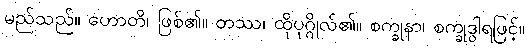
မည်သည်။ ဟောတိ၊ ဖြစ်၏။ တဿ၊ ထိုပုဂ္ဂိုလ်၏။ စက္ခုနာ၊ စက္ခုဒွါရဖြင့်။